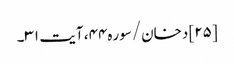
[۲۵] دخان/سوره۴۴، آیت ۳۱۔